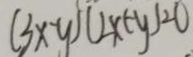
( 3 x - y ) ( 2 x + y ) = 0